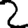
Digit: 2